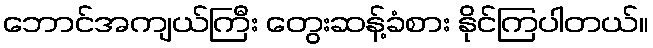
ဘောင်အကျယ်ကြီး တွေးဆန့်ခံစား နိုင်ကြပါတယ်။